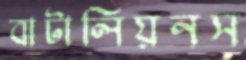
বাটালিয়নস